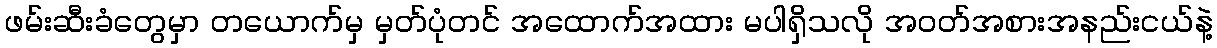
ဖမ်းဆီးခံတွေမှာ တယောက်မှ မှတ်ပုံတင် အထောက်အထား မပါရှိသလို အဝတ်အစားအနည်းငယ်နဲ့